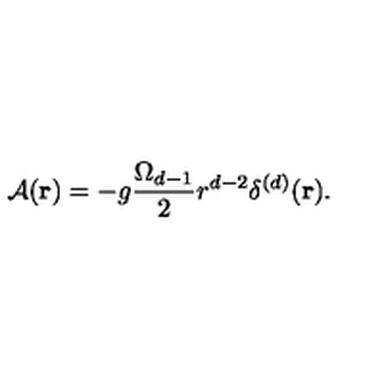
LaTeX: { \mathcal A } ( { \bf r } ) = - g \frac { \Omega _ { d - 1 } } { 2 } r ^ { d - 2 } \delta ^ { ( d ) } ( { \bf r } ) .